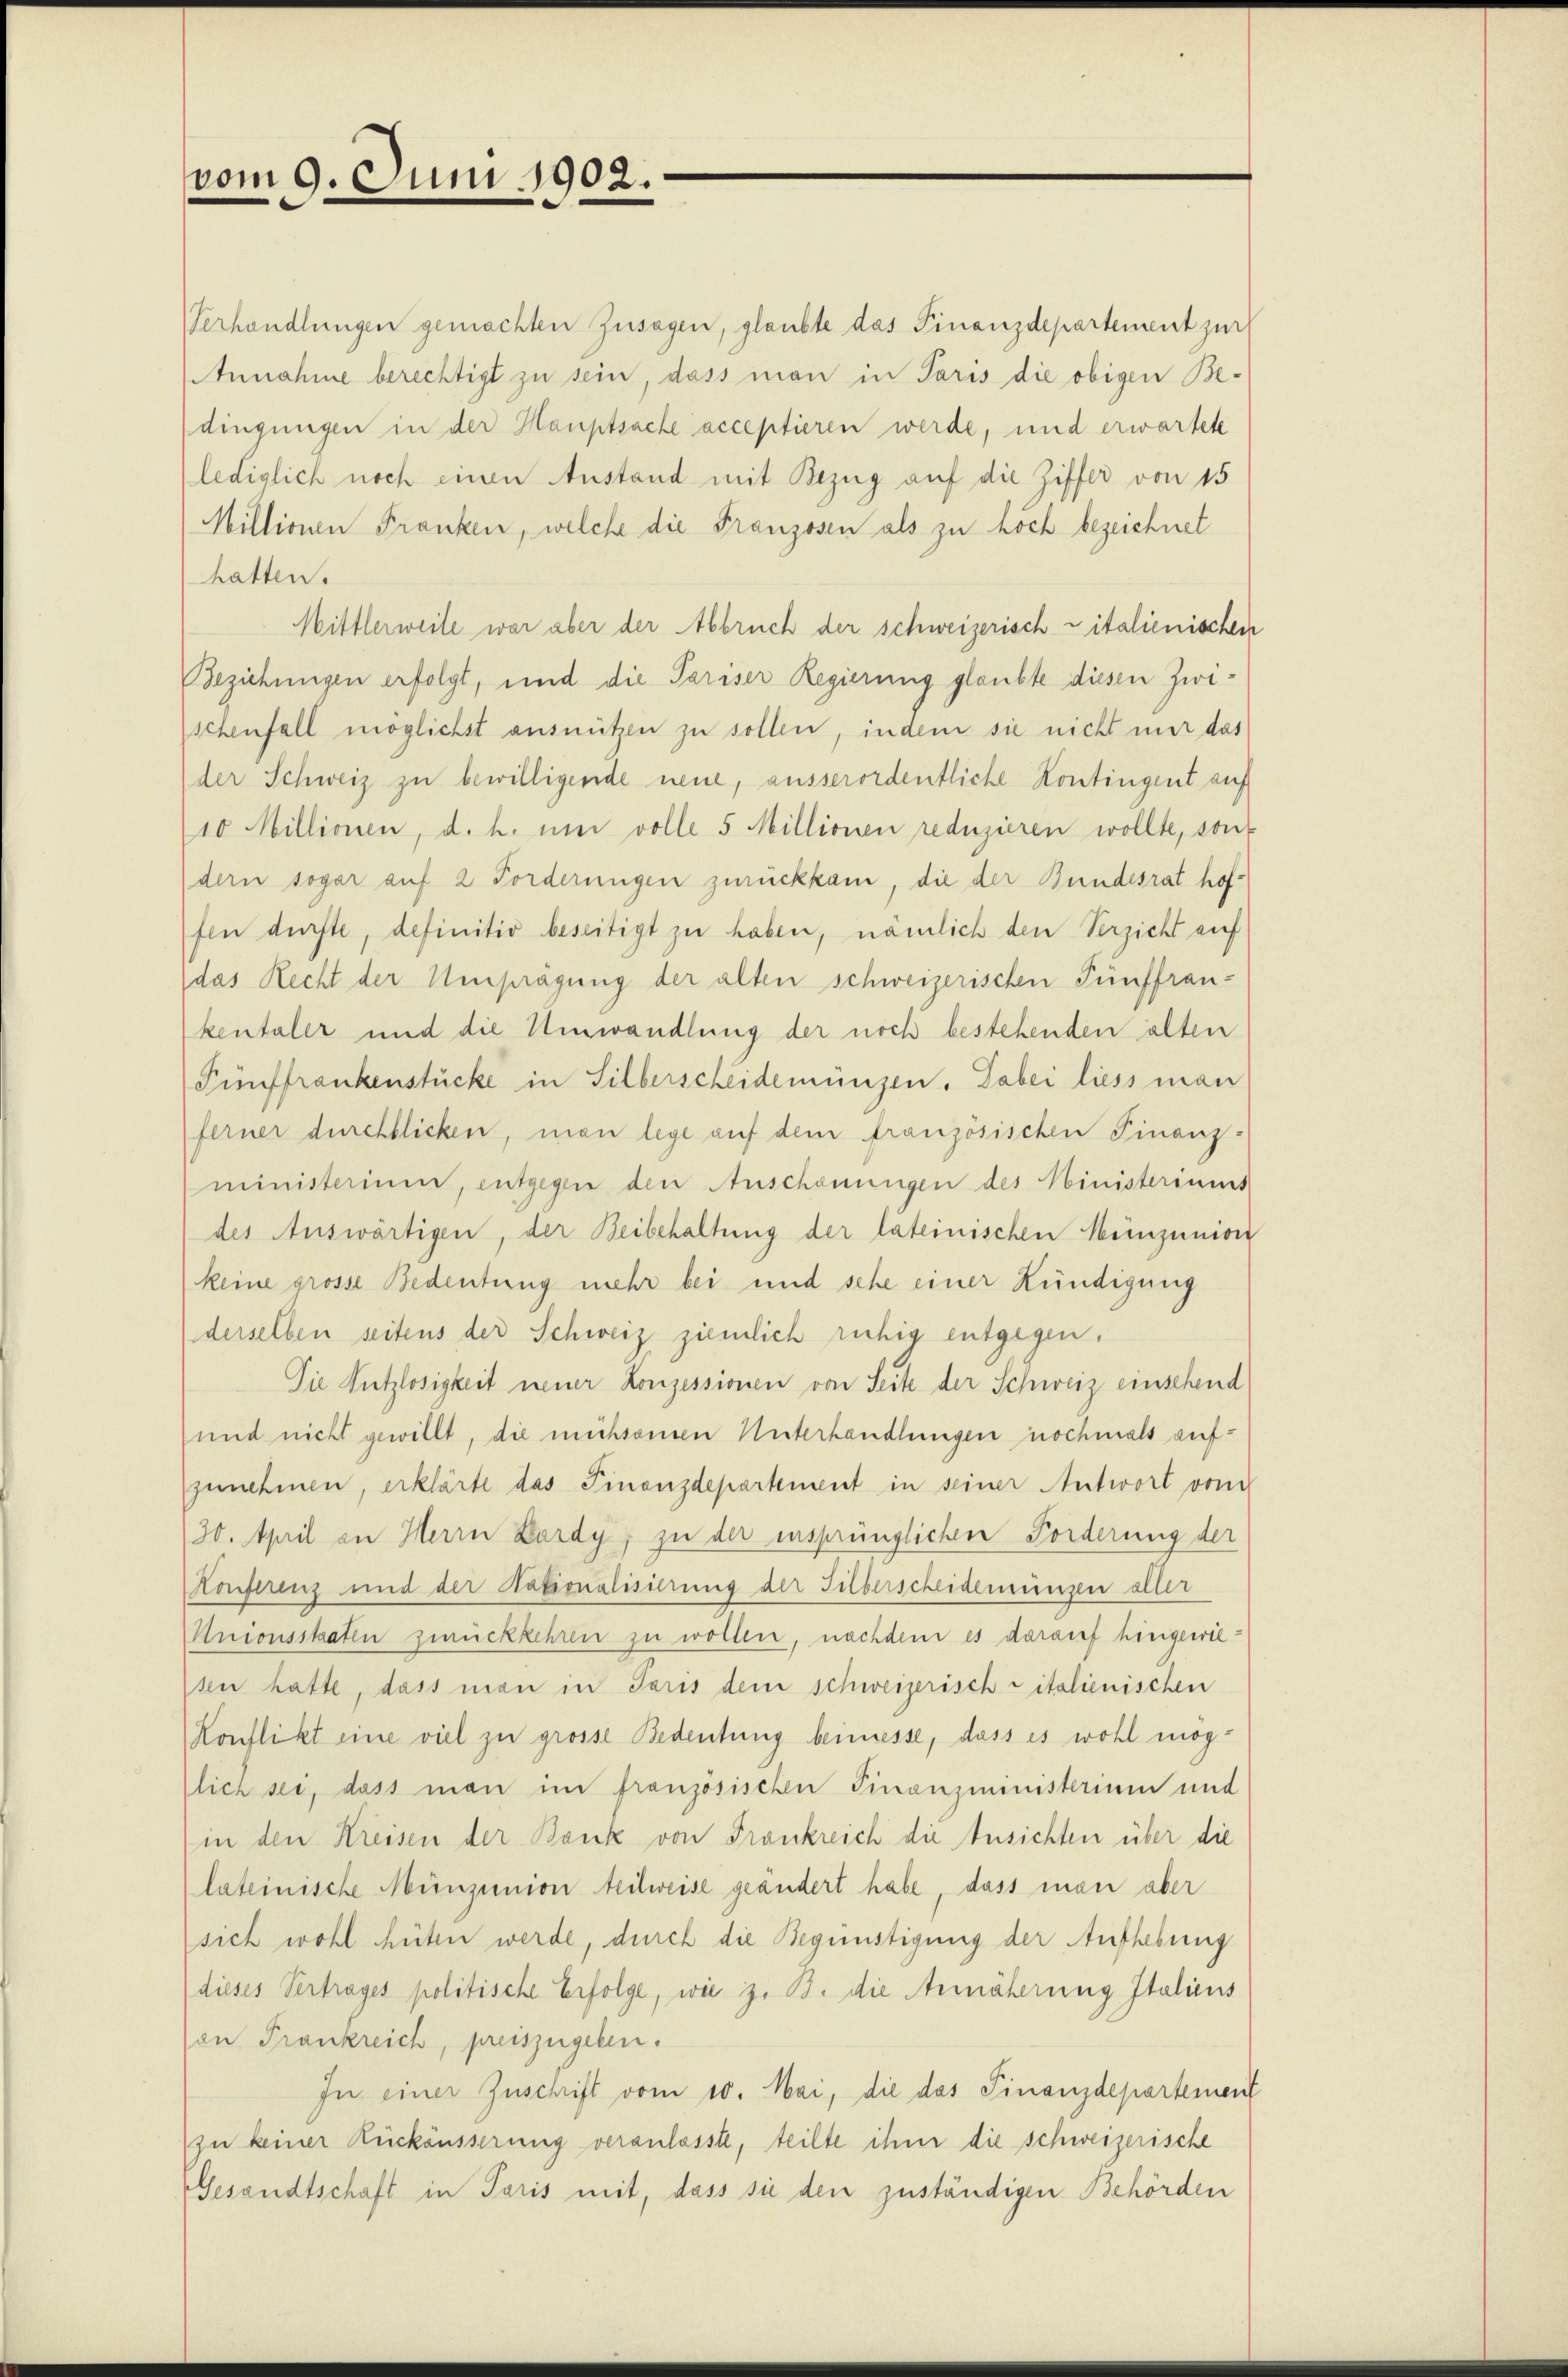
vom 9. Juni 1902.

Verhandlungen gemachten Zusagen, glaubte das Finanzdepartement zur
Annahme berechtigt zu sein, dass man in Paris die obigen Be-
dingungen in der Hauptsache acceptieren werde, und erwartete
lediglich noch einen Anstand mit Bezug auf die Ziffer von 15
Millionen Franken, welche die Franzosen als zu höch bezeichnet
hatten.
Mittlerweile war aber der Abbruch der schweizerisch vitalienischen
Beziehungen erfolgt, und die Pariser Regierung glaubte diesen Zwischenfall möglichst ausnützen zu sollen, indem sie nicht mir das
der Schweiz zu bewilligende neue, ausserordentliche Kontingent auf
10 Millionen, d. h. um volle 5 Millionen reduzieren wollte, sont
dern sogar auf 2 Forderungen zurückkam, die der Bundesrat hoffen dürfte, definitiv beseitigt zu haben, nämlich den Verzicht auf
das Recht der Umprägung der alten schweizerischen Fünffrankentaler und die Umwandlung der noch bestehenden alten
Fünffrankenstücke in Silberscheidemünzen. Dabei liess man
ferner durchblicken, man lege auf dem französischen Finanz-
ministerium, entgegen den Anschauungen des Ministeriums
des Auswärtigen, der Beibehaltung der lateinischen Münzunion
keine grosse Bedeutung mehr bei und sehe einer Kündigung
derselben seitens der Schweiz ziemlich ruhig entgegen.
Die Nutzlosigkeit neuer Konzessionen von Seite der Schweiz einsehend
und nicht gewillt, die mühsamen Unterhandlungen nochmals aufzunehmen, erklärte das Finanzdepartement in seiner Antwort vom
30. April an Herrn Lardy, zu der insprünglichen Forderung der
Konferenz und der Nationalisierung der Silberscheidemungen aller
Unionsstraten zurückkehren zu wollen, nachdem es darauf hingewiesen hatte, dass man in Paris dem schweizerisch citalienischen
Konflikt eine viel zu grosse Bedeutung beimesse, dass es wohl möglich sei, dass man im französischen Finanzministerium und
in den Kreisen der Bank von Frankreich die Ansichten über die
lateinische Münzunion teilweise geändert habe, dass man aber
sich wohl hüten werde, durch die Begünstigung der Aufhebung
dieses Vertrages politische Erfolge, wie z. B. die Annäherung Italiens
on Frankreich, preiszugeben.
In einer Zuschrift vom 10. Mai, die das Finanzdepartement
zu keiner Rückäusserung veranlasste, teilte ihm die schweizerische
Gesandtschaft in Paris mit, dass sie den zuständigen Behörden